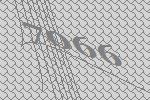
7066